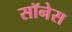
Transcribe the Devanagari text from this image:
सॉनेस